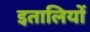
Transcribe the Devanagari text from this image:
इतालियों